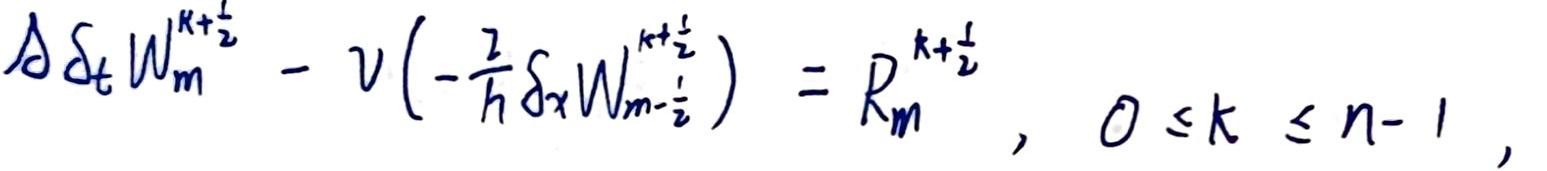
$\Delta \delta_{t} W_{m}^{k + \frac{1}{2}} - \nu \left(-\frac{2}{h} \delta_{x} W_{m - \frac{1}{2}}^{k + \frac{1}{2}}\right) = R_{m}^{k + \frac{1}{2}}, \ 0 \leq k \leq n - 1,$